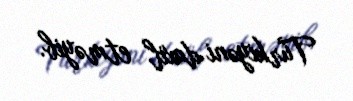
Türkiyəni daxil etməyib.